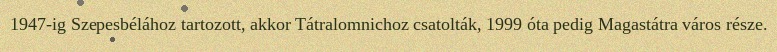
1947-ig Szepesbélához tartozott, akkor Tátralomnichoz csatolták, 1999 óta pedig Magastátra város része.